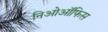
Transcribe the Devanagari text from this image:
निओऑफिस